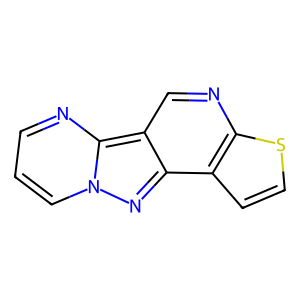
SMILES: c1cnc2c3cnc4sccc4c3nn2c1
Inhibits HIV replication: No